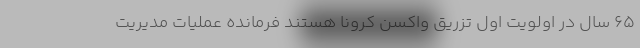
۶۵ سال در اولویت اول تزریق واکسن کرونا هستند فرمانده عملیات مدیریت